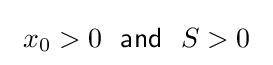
\ x_{0}>0~~{\mathsf {and}}~~S>0~